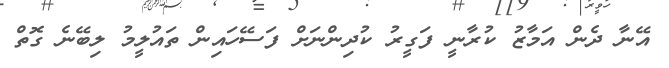
އޭނާ ދެން އަމާޒު ކުރާނީ ފަގީރު ކުދިންނަށް ފަސޭހައިން ތައުލީމު ލިބޭނެ ގޮތް